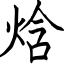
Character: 焓